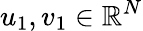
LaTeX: u_{1},v_{1}\in\mathbb{R}^{N}